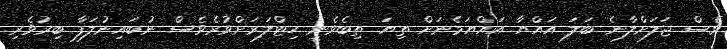
ވެސް ޖަލަށްލާނެ ބަލަ އައްޔާ އައްޔަމެނަށް ތިޔަ ތިބެވެނީ ހިޓްލަރަށްވުރެވެސް ނުބައިނުލަފާ ބިރުވެރި